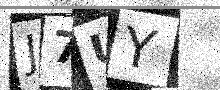
Text: J7UY